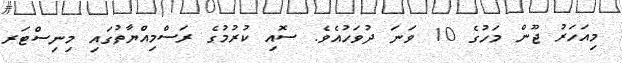
މިއަހަރު ޖޫން މަހުގެ 10 ވަނަ ދުވަހުއެވެ. ސޮއި ކުރުމުގެ ރަސްމިއްޔާތުގައި މިނިސްޓަރ